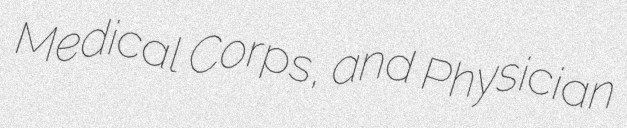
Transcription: Medical Corps, and Physician